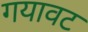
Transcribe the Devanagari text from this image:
गयावट